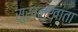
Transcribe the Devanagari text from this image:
सुखनखाता